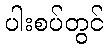
ပါးစပ်တွင်